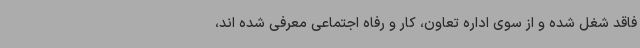
فاقد شغل شده و از سوی اداره تعاون، کار و رفاه اجتماعی معرفی شده اند،